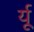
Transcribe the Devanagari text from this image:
र्यू